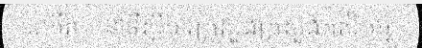
៤កើត...នៅទីស្តីការក្រសួងក្រសួងកសិកម្ម